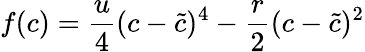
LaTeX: f(c)=\frac{u}{4}(c-\tilde{c})^{4}-\frac{r}{2}(c-\tilde{c})^{2}